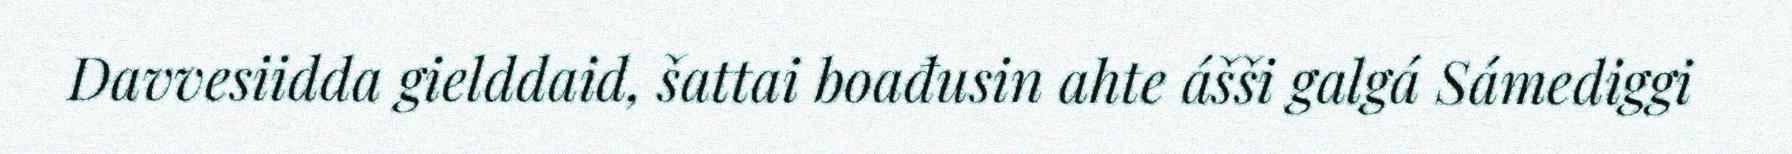
Davvesiidda gielddaid, šattai boađusin ahte ášši galgá Sámediggi